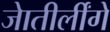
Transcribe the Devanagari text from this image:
जेातीर्लींगे